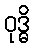
ဝုဒ္ဓိ